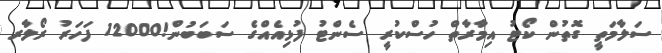
ސަލާމަތީ ގޮތުން ކޯޓު އިމާރާތް ހުސްކުރީ ސެންޓު ފުޅިއެއްގެ ސަބަބުން!12000 ފަހަރު ރޯލާރ